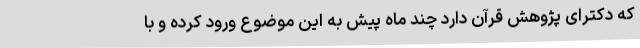
که دکترای پژوهش قرآن دارد چند ماه پیش به این موضوع ورود کرده و با